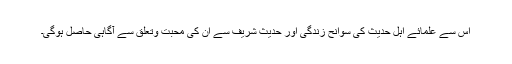
اس سے علمائے اہل حدیث کی سوانح زندگی اور حدیث شریف سے ان کی محبت وتعلق سے آگاہی حاصل ہوگی۔